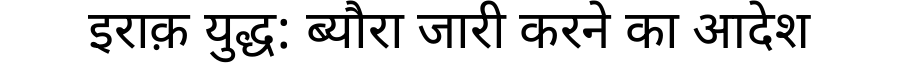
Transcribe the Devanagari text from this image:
इराक़ युद्ध: ब्यौरा जारी करने का आदेश